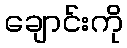
ချောင်းကို